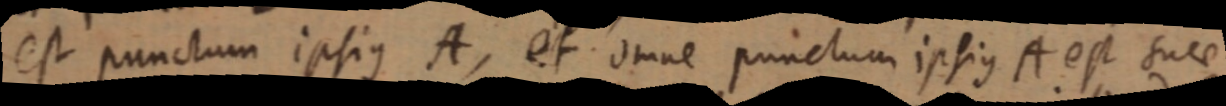
est punctum ipsius A, et omne punctum ipsius A est suae